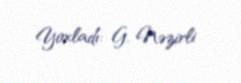
Yoxladı: G. Nəzirli